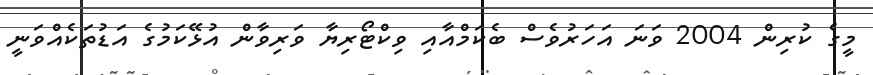
މީގެ ކުރިން 2004 ވަނަ އަހަރުވެސް ބެކަމްއާއި ވިކްޓޯރިޔާ ވަރިވާން އުޅޭކަމުގެ އަޑުތަކެއްވަނީ